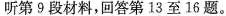
听第9段材料,回答第13 至 16 题。